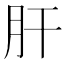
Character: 肝